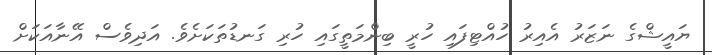
ޔައީޝްގެ ނަޒަރު އެއިރު ހުއްޓިފައި ހުރީ ބިންމަތީގައި ހުރި ގަނޑުތަކަށެވެ. އަދިވެސް އޭނާއަކަށް